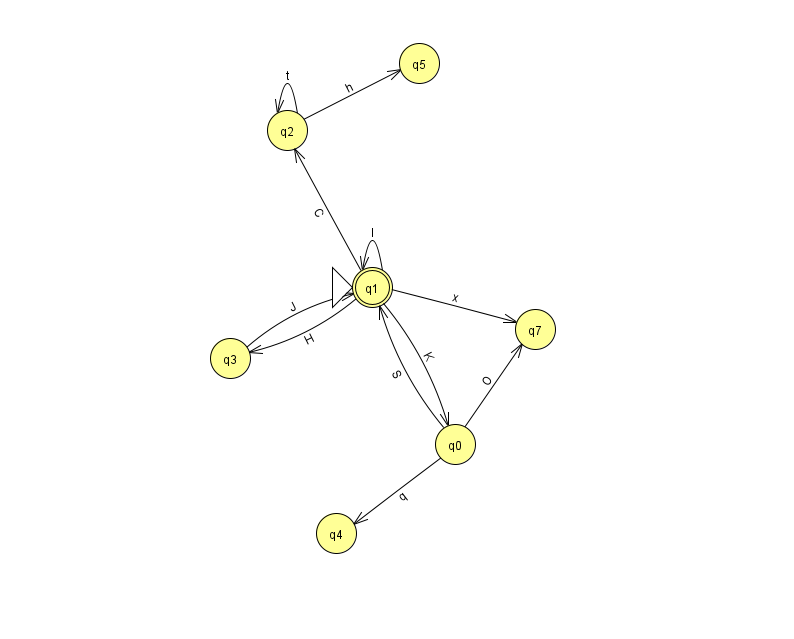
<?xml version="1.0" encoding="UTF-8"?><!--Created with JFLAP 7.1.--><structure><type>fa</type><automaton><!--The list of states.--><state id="0" name="q0"><x>455.0</x><y>431.0</y></state><state id="1" name="q1"><x>372.0</x><y>274.0</y><initial/><final/></state><state id="2" name="q2"><x>287.0</x><y>117.0</y></state><state id="3" name="q3"><x>230.0</x><y>345.0</y></state><state id="4" name="q4"><x>336.0</x><y>520.0</y></state><state id="5" name="q5"><x>419.0</x><y>50.0</y></state><state id="7" name="q7"><x>535.0</x><y>316.0</y></state><!--The list of transitions.--><transition><from>0</from><to>4</to><read>q</read></transition><transition><from>0</from><to>7</to><read>O</read></transition><transition><from>2</from><to>2</to><read>t</read></transition><transition><from>0</from><to>1</to><read>S</read></transition><transition><from>1</from><to>7</to><read>x</read></transition><transition><from>2</from><to>5</to><read>h</read></transition><transition><from>1</from><to>3</to><read>H</read></transition><transition><from>1</from><to>1</to><read>I</read></transition><transition><from>1</from><to>2</to><read>C</read></transition><transition><from>3</from><to>1</to><read>J</read></transition><transition><from>1</from><to>0</to><read>K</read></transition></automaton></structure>